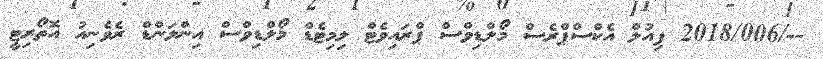
--/2018/006 ފިއުލް އެކްސްޕްރެސް މޯލްޑިވްސް ޕްރައިވެޓް ލިމިޓެޑް މޯލްޑިވްސް އިންލަންޑް ރެވެނިއު އޮތޯރިޓީ